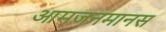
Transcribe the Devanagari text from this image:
आमजनमानस